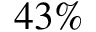
4 3 \%